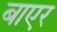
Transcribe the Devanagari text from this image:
बाएर